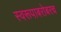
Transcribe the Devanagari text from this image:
स्वरूपाबरोबरच